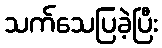
သက်သေပြခဲ့ပြီး